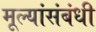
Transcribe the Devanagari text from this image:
मूल्यांसंबंधी